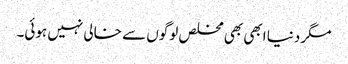
مگر دنیا ابھی بھی مخلص لوگوں سے خالی نہیں ہوئی۔